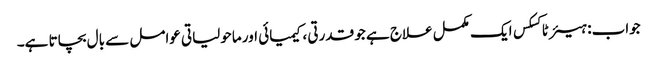
جواب: ہیئر ٹاکسکس ایک مکمل علاج ہے جو قدرتی ، کیمیائی اور ماحولیاتی عوامل سے بال بچاتا ہے۔